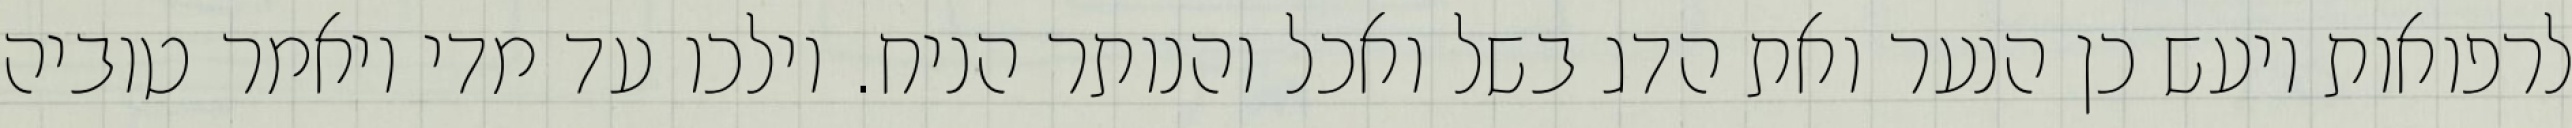
לרפואות ויעש כן הנער ואת הדג בשל ואכל והנותר הניח. וילכו עד מדי ויאמר טוביה